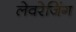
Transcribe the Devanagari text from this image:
लेवरेजिंग